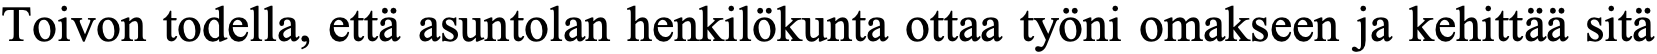
Toivon todella, että asuntolan henkilökunta ottaa työni omakseen ja kehittää sitä